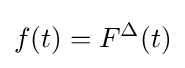
f(t)=F^{\Delta }(t)